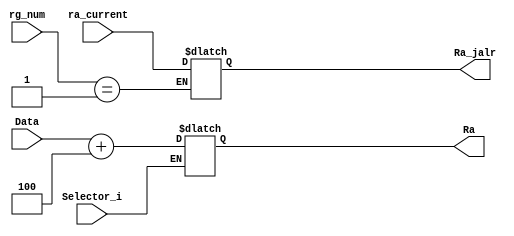
/******************************************************************
* Description
*	ra adder - mdulo no usado al final pero creado para llevar un registro del registro ra.
*	1.0
* Author:
*	Laura y jaz
* Date:
*	16/08/2021
******************************************************************/

module Ra_Adder
#(
	parameter NBits = 32
)
(
	input Selector_i,
	input [NBits-1:0] Data,
	input [NBits-1:0] ra_current,
	input [4:0] rg_num,
	
	output reg [NBits-1:0] Ra_jalr, // antes
	output reg [NBits-1:0] Ra

);
	always@(Selector_i or Data) begin // ,
		if(Selector_i)
				Ra = Data + 32'h4;
		if(rg_num == 1)
			Ra_jalr = ra_current;

		
	end

endmodule